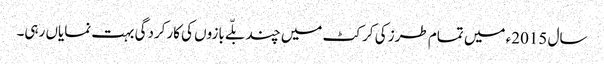
سال 2015ء میں تمام طرز کی کرکٹ میں چند بلّے بازوں کی کارکردگی بہت نمایاں رہی۔